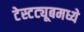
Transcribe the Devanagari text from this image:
टेस्टट्यूबमध्ये